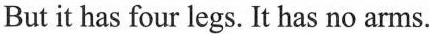
But it has four legs. It has no arms.